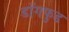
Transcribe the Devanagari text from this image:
डॉगफुड